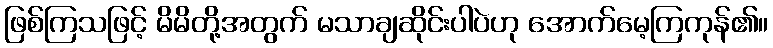
ဖြစ်ကြသဖြင့် မိမိတို့အတွက် မသာချဆိုင်းပါပဲဟု အောက်မေ့ကြကုန်၏။